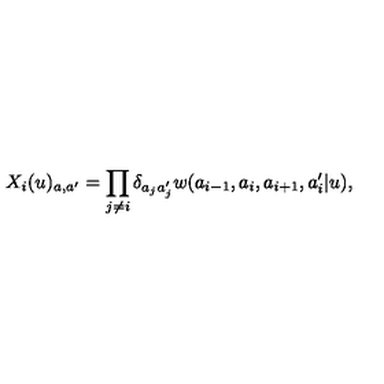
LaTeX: X _ { i } ( u ) _ { a , a ^ { \prime } } = \prod _ { j \not = i } \delta _ { a _ { j } a _ { j } ^ { \prime } } w ( a _ { i - 1 } , a _ { i } , a _ { i + 1 } , a _ { i } ^ { \prime } | u ) ,